Source: Computer-generated
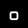
Digit: ၀ (0)